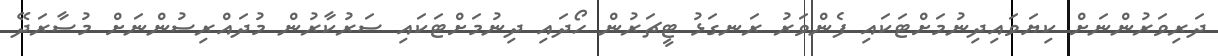
ދަރިވަރުންނަށް ކިޔަވައިދިނުމަށްޓަކައި ފެންވަރު ރަނގަޅު ޓީޗަރުން ހޯދައި ދިނުމަށްޓަކައި ސަރުކާރުން މުދައްރިސުންނަށް މުސާރަދޭ